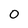
Character: 0